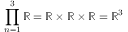
\prod _ { n = 1 } ^ { 3 } { \mathbb { R } } = \mathbb { R } \times \mathbb { R } \times \mathbb { R } = \mathbb { R } ^ { 3 }